Civil Veterinary Dept. Assam report 1927-50 - 1927-1950
Year: 1927
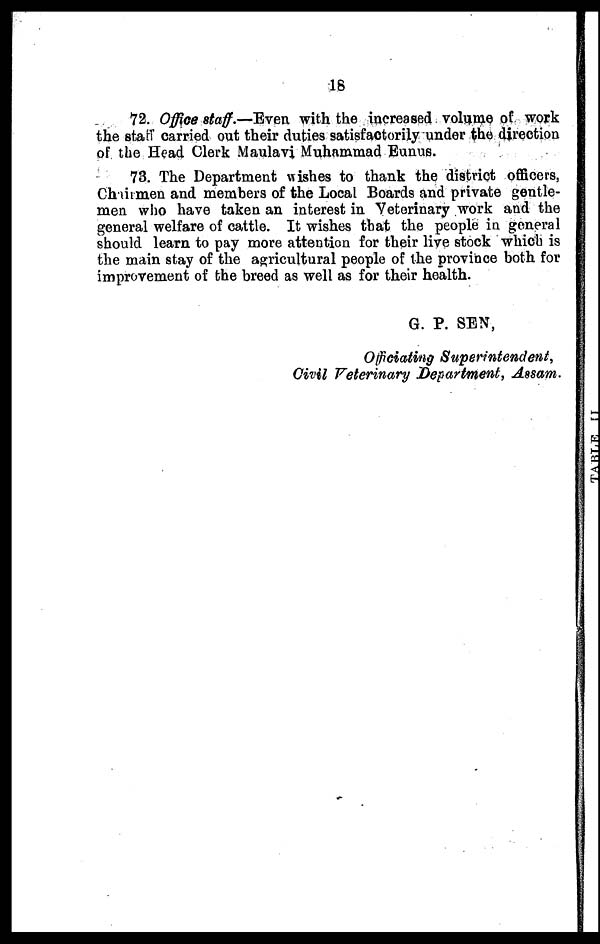
18
72. Office staff.—Even with the increased volume of work
the staff carried out their duties satisfactorily under the direction
of the Head Clerk Maulavi Muhammad Eunus.
73. The Department wishes to thank the district officers,
Chairmen and members of the Local Boards and private gentle-
men who have taken an interest in Veterinary work and the
general welfare of cattle. It wishes that the people in general
should learn to pay more attention for their live stock which is
the main stay of the agricultural people of the province both for
improvement of the breed as well as for their health.
G. P. SEN,
Officiating Superintendent,
Civil Veterinary Department, Assam.
TABLE
II